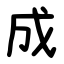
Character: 成